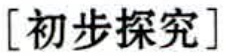
[初步探究]